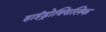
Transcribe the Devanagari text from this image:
हाईड्रोक्सिलिक